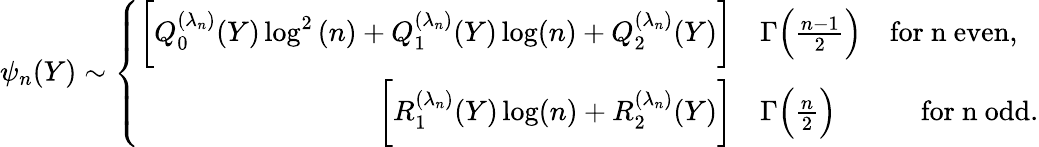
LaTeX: \psi_{n}(Y)\sim\left\{ \begin{array}{rl}{\bigg[Q_{0}^{(\lambda_{n})}(Y)\log^{2}{(n)}+Q_{1}^{(\lambda_{n})}(Y)\log(n)+Q_{2}^{(\lambda_{n})}(Y)\bigg]}&{\Gamma\Big(\frac{n-1}{2}\Big)\quad\mathrm{for~n~even,}}\\ {\bigg[R_{1}^{(\lambda_{n})}(Y)\log(n)+R_{2}^{(\lambda_{n})}(Y)\bigg]}&{\Gamma\Big(\frac{n}{2}\Big)\quad\qquad\mathrm{for~n~odd.}}\end{array}\right.